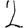
Digit: 2